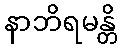
နာဘိရမန္တိ